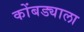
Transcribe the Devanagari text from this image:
कोंबड्याला